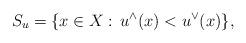
LaTeX: \begin{align*}S_{u}=\{x\in X:\,u^{\wedge}(x)<u^{\vee}(x)\},\end{align*}